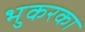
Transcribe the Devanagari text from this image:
भुकरका